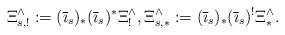
LaTeX: \begin{align*}\Xi_{s,!}^\wedge := (\overline{\imath}_s)_* (\overline{\imath}_s)^* \Xi_!^\wedge, \Xi_{s,*}^\wedge := (\overline{\imath}_s)_* (\overline{\imath}_s)^! \Xi_*^\wedge.\end{align*}